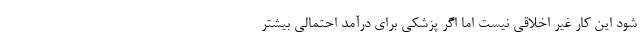
شود این کار غیر اخلاقی نیست اما اگر پزشکی برای درآمد احتمالی بیشتر